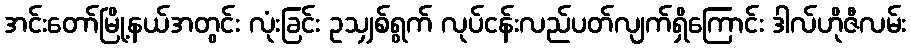
အင်းတော်မြို့နယ်အတွင်း လုံးခြင်း ဥသျှစ်ရွက် လုပ်ငန်းလည်ပတ်လျက်ရှိကြောင်း ဒါလ်ဟိုဇီလမ်း